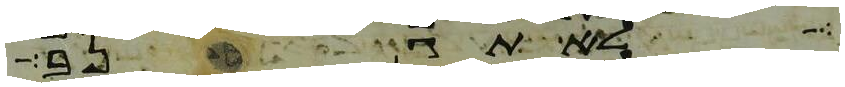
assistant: לא תגנב